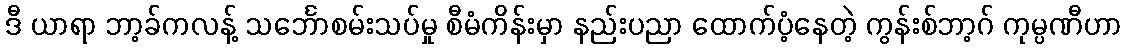
ဒီ ယာရာ ဘာ့ခ်ကလန့် သင်္ဘောစမ်းသပ်မှု စီမံကိန်းမှာ နည်းပညာ ထောက်ပံ့နေတဲ့ ကွန်းစ်ဘာ့ဂ် ကုမ္ပဏီဟာ